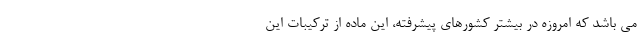
می باشد که امروزه در بیشتر کشورهای پیشرفته، این ماده از ترکیبات این